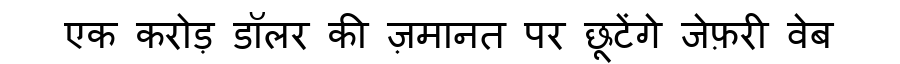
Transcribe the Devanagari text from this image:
एक करोड़ डॉलर की ज़मानत पर छूटेंगे जेफ़री वेब